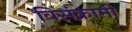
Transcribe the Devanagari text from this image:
विसंक्रामी